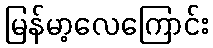
မြန်မာ့လေကြောင်း